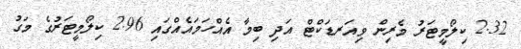
2.32 ކިލޯމީޓަރު މެރިން ވިއަރޑަކްޓް އަދި ބިމާ އެއްހަމައެއްގައި 2.96 ކިލޯމީޓަރުގެ މަގު